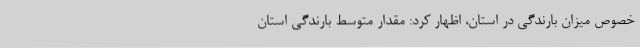
خصوص میزان بارندگی در استان، اظهار کرد: مقدار متوسط بارندگی استان